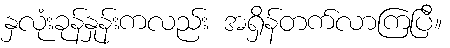
နှလုံးခုန်နှုန်းကလည်း အရှိန်တက်လာကြပြီ။